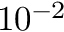
1 0 ^ { - 2 }